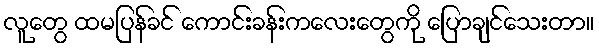
လူတွေ ထမပြန်ခင် ကောင်းခန်းကလေးတွေကို ပြောချင်သေးတာ။